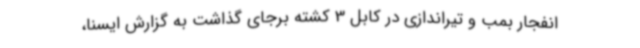
انفجار بمب و تیراندازی در کابل 3 کشته برجای گذاشت به گزارش ایسنا،